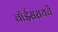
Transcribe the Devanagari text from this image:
वॉईसरायचे